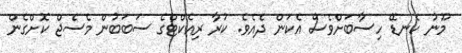
މޫނު ކެނޑޭ ހިސާބަށްވެސް އެކަން ދެއެވެ. ކުރާ ރިއެކްޓްގެ ސަބަބުން މެސެޖް ކޮށްގެން